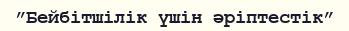
”Бейбітшілік үшін әріптестік”